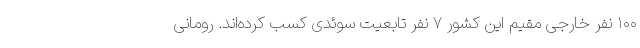
۱۰۰ نفر خارجی مقیم این کشور ۷ نفر تابعیت سوئدی کسب کرده‌اند. رومانی